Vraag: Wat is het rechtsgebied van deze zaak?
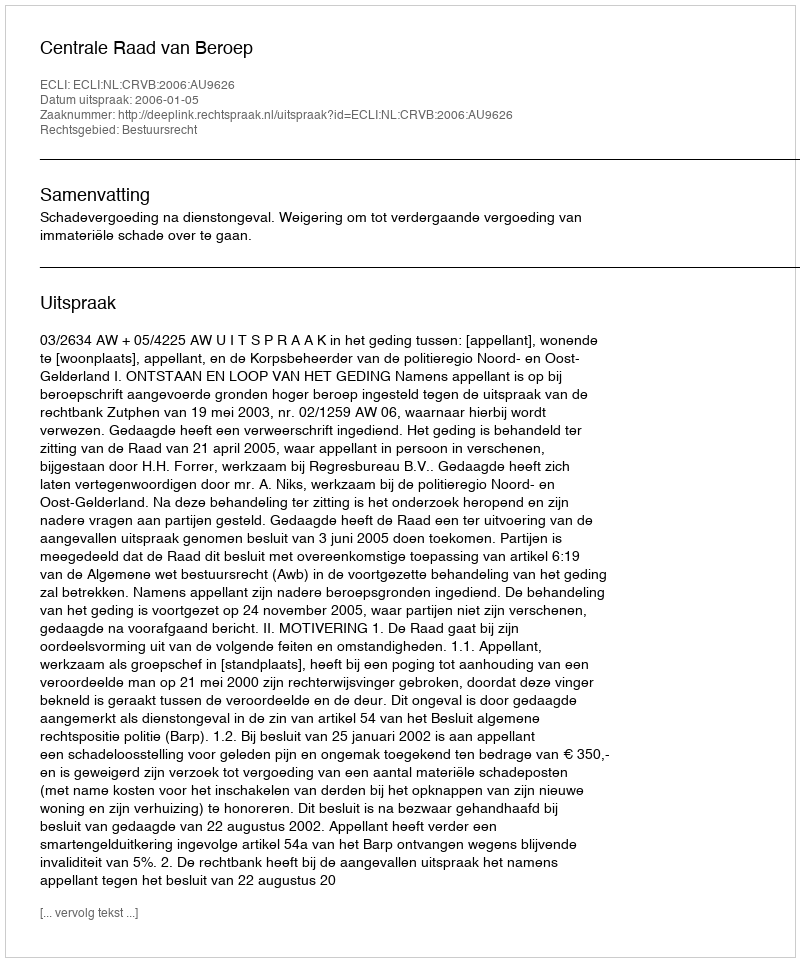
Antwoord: Bestuursrecht